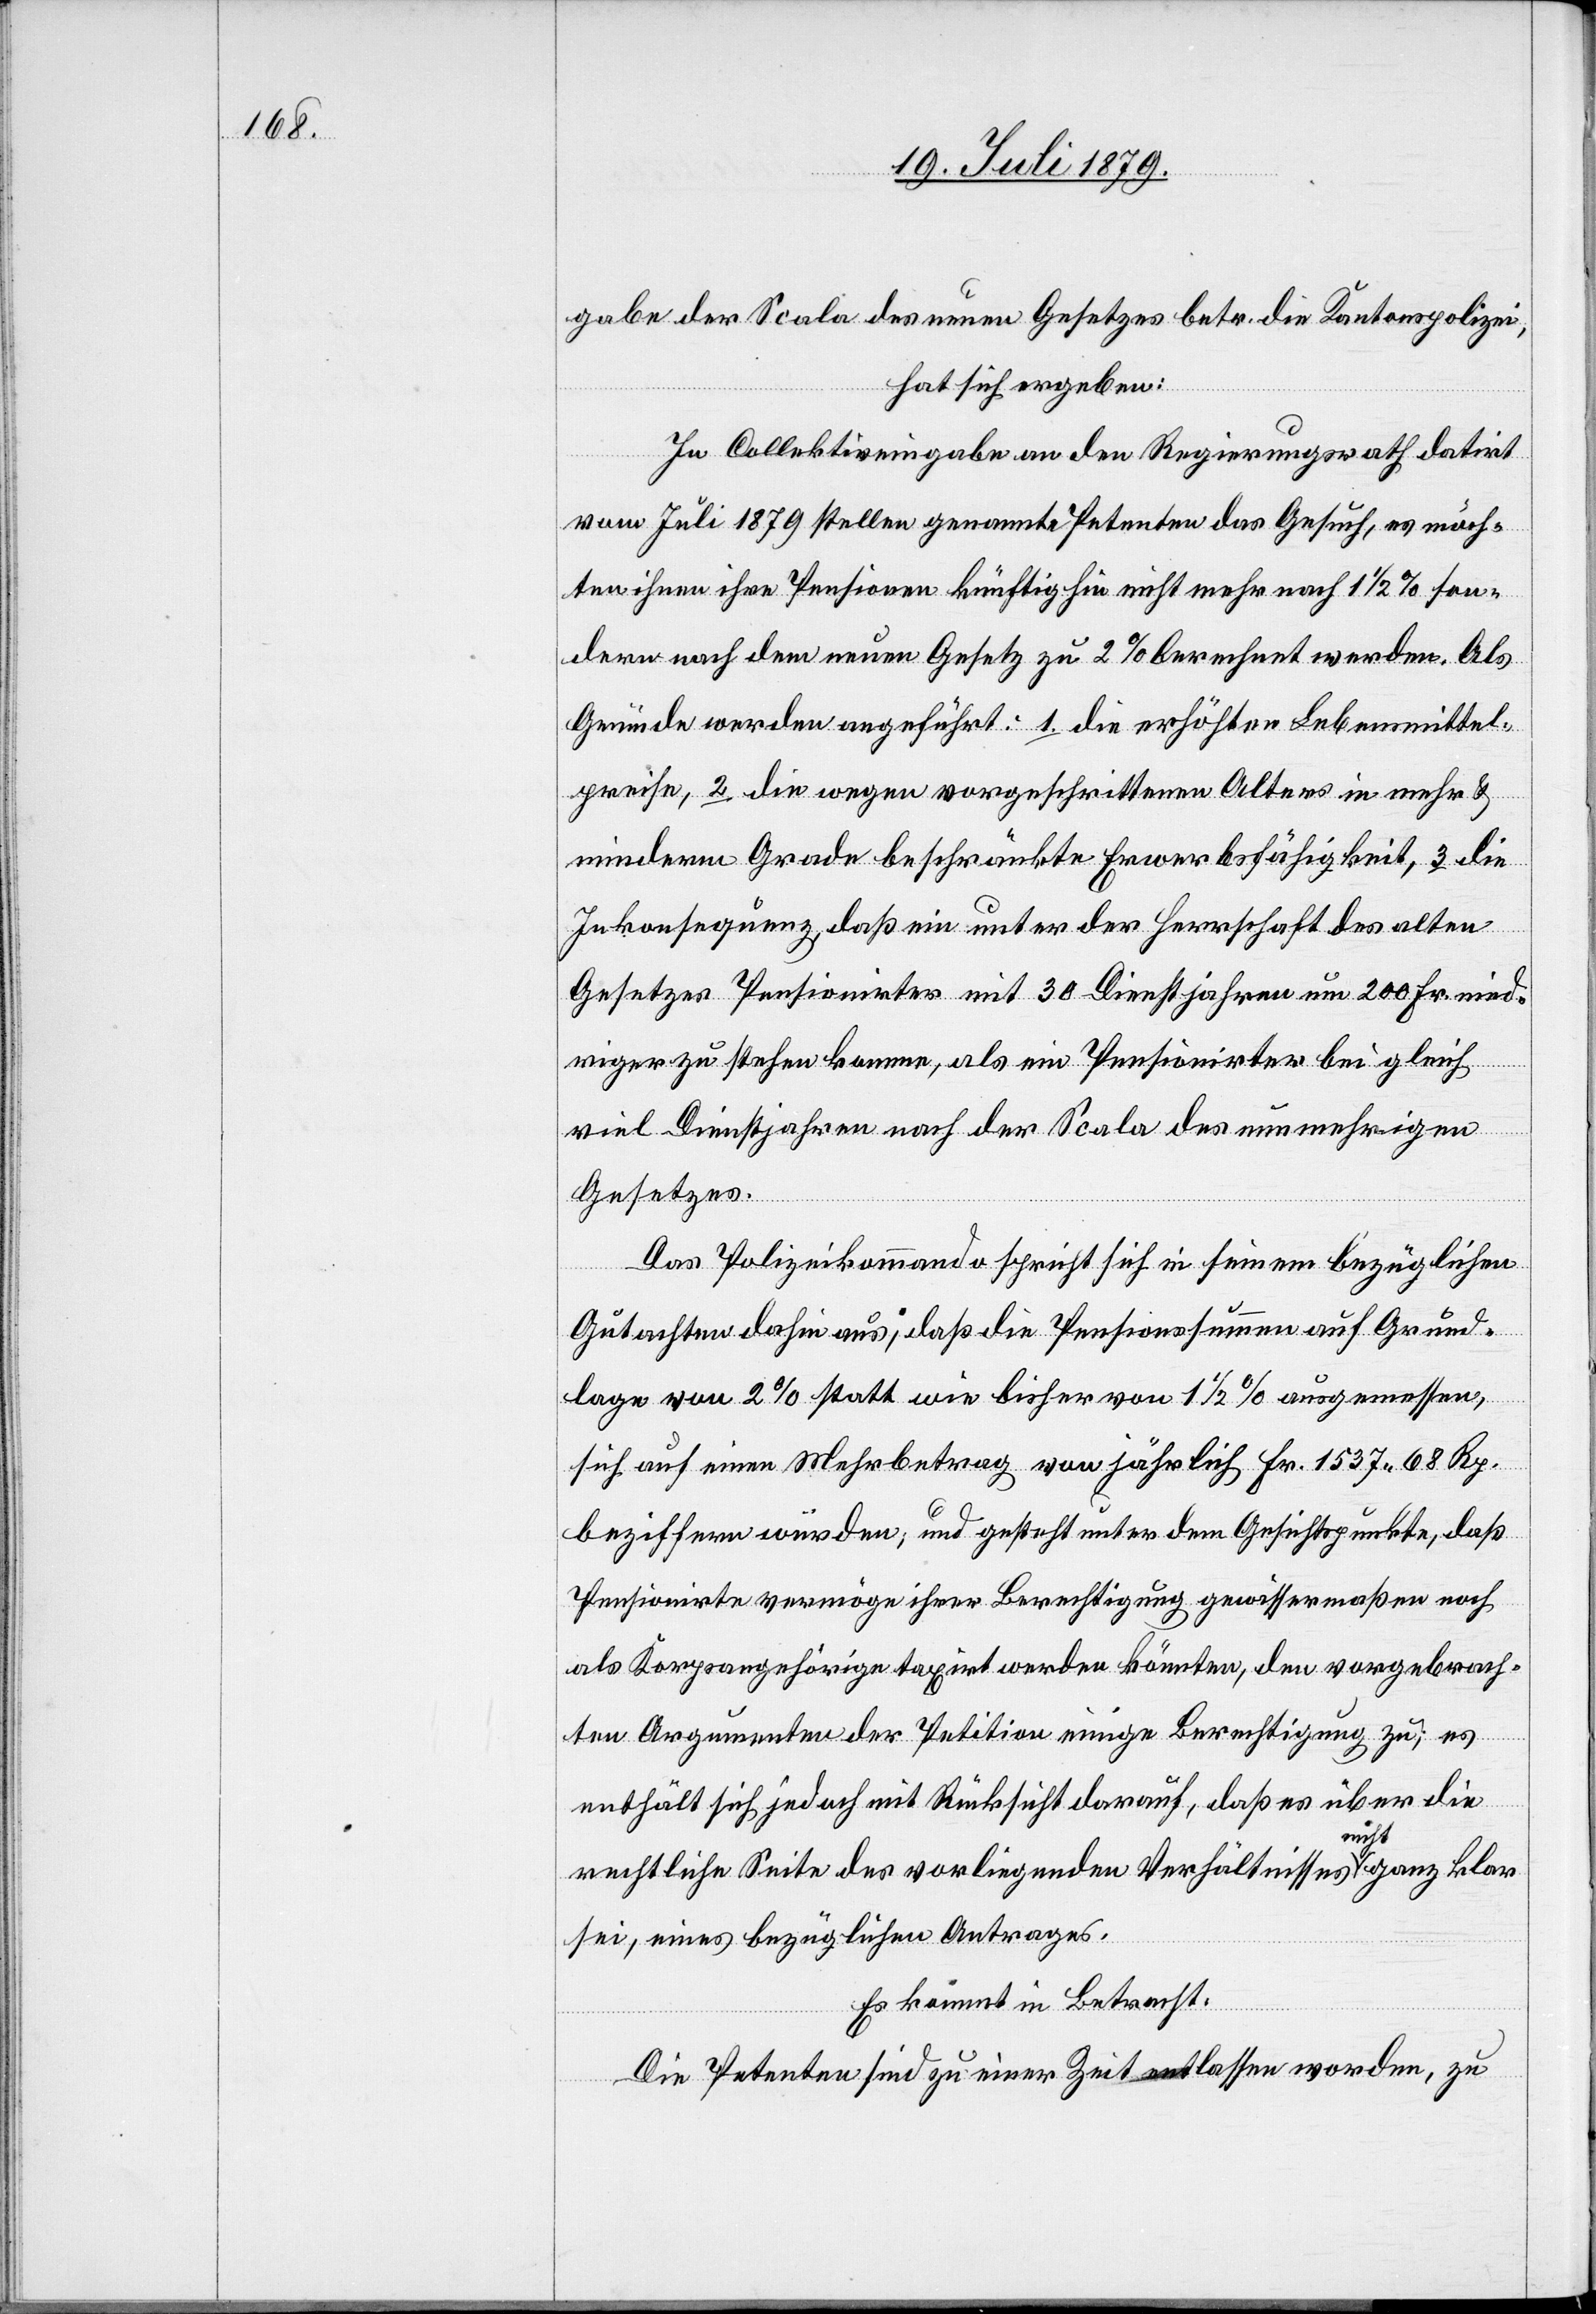
gabe der Scala des neuen Gesetzes betr. die Kantonspolizei,
hat sich ergeben:
In Collektiveingabe an den Regierungsrath datirt
vom Juli 1879 stellen genannte Petenten das Gesuch, es möch¬
ten ihnen ihre Pensionen künftig hin nicht mehr nach 1 1/2% son¬
dern nach dem neuen Gesetz zu 2% berechnet werden. Als
Gründe werden angeführt: 1. die erhöhten Lebensmittel¬
preise, 2. die wegen vorgeschrittenen Alters in mehr &
minderm Grade beschränkte Erwerbsfähigkeit, 3. die
Inkonsequenz, daß ein unter der Herrschaft des alten
Gesetzes Pensionirter mit 30 Dienstjahren um 200 Fr. nied¬
riger zu stehen komme, als ein Pensionirter bei gleich
viel Dienstjahren nach der Scala des nunmehrigen
Gesetzes.
Das Polizeikommando spricht sich in seinem bezüglichen
Gutachten dahin aus, daß die Pensionssummen auf Grund¬
lage von 2% statt wie bisher von 1 1/2% ausgemessen,
sich auf einen Mehrbetrag von jährlich Fr. 1537 68 Rp.
beziffern würden; und gesteht unter dem Gesichtspunkte, daß
Pensionirte vermöge ihrer Berechtigung gewissermaßen noch
als Korpsangehörige taxirt werden könnten, den vorgebrach¬
ten Argumenten der Petition einige Berechtigung zu; es
enthält sich jedoch mit Rücksicht darauf, daß es über die
rechtliche Seite des vorliegenden Verhältnisses nicht ganz klar
sei, eines bezüglichen Antrages.
Es kommt in Betracht:
Die Petenten sind zu einer Zeit entlassen worden, zu